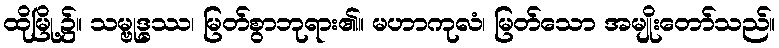
ထိုမြို့၌။ သမ္ဗုဒ္ဓဿ၊ မြတ်စွာဘုရား၏။ မဟာကုလံ၊ မြတ်သော အမျိုးတော်သည်။